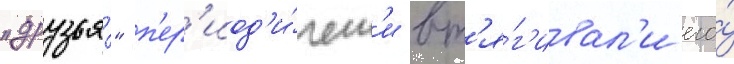
"друзья́" п'ер'иод'и́ческ'и вт'я́г'ивал'и его́